65_HS1-834228961_62-HQ-83894_Section_2
Agency: FBI
Page 41
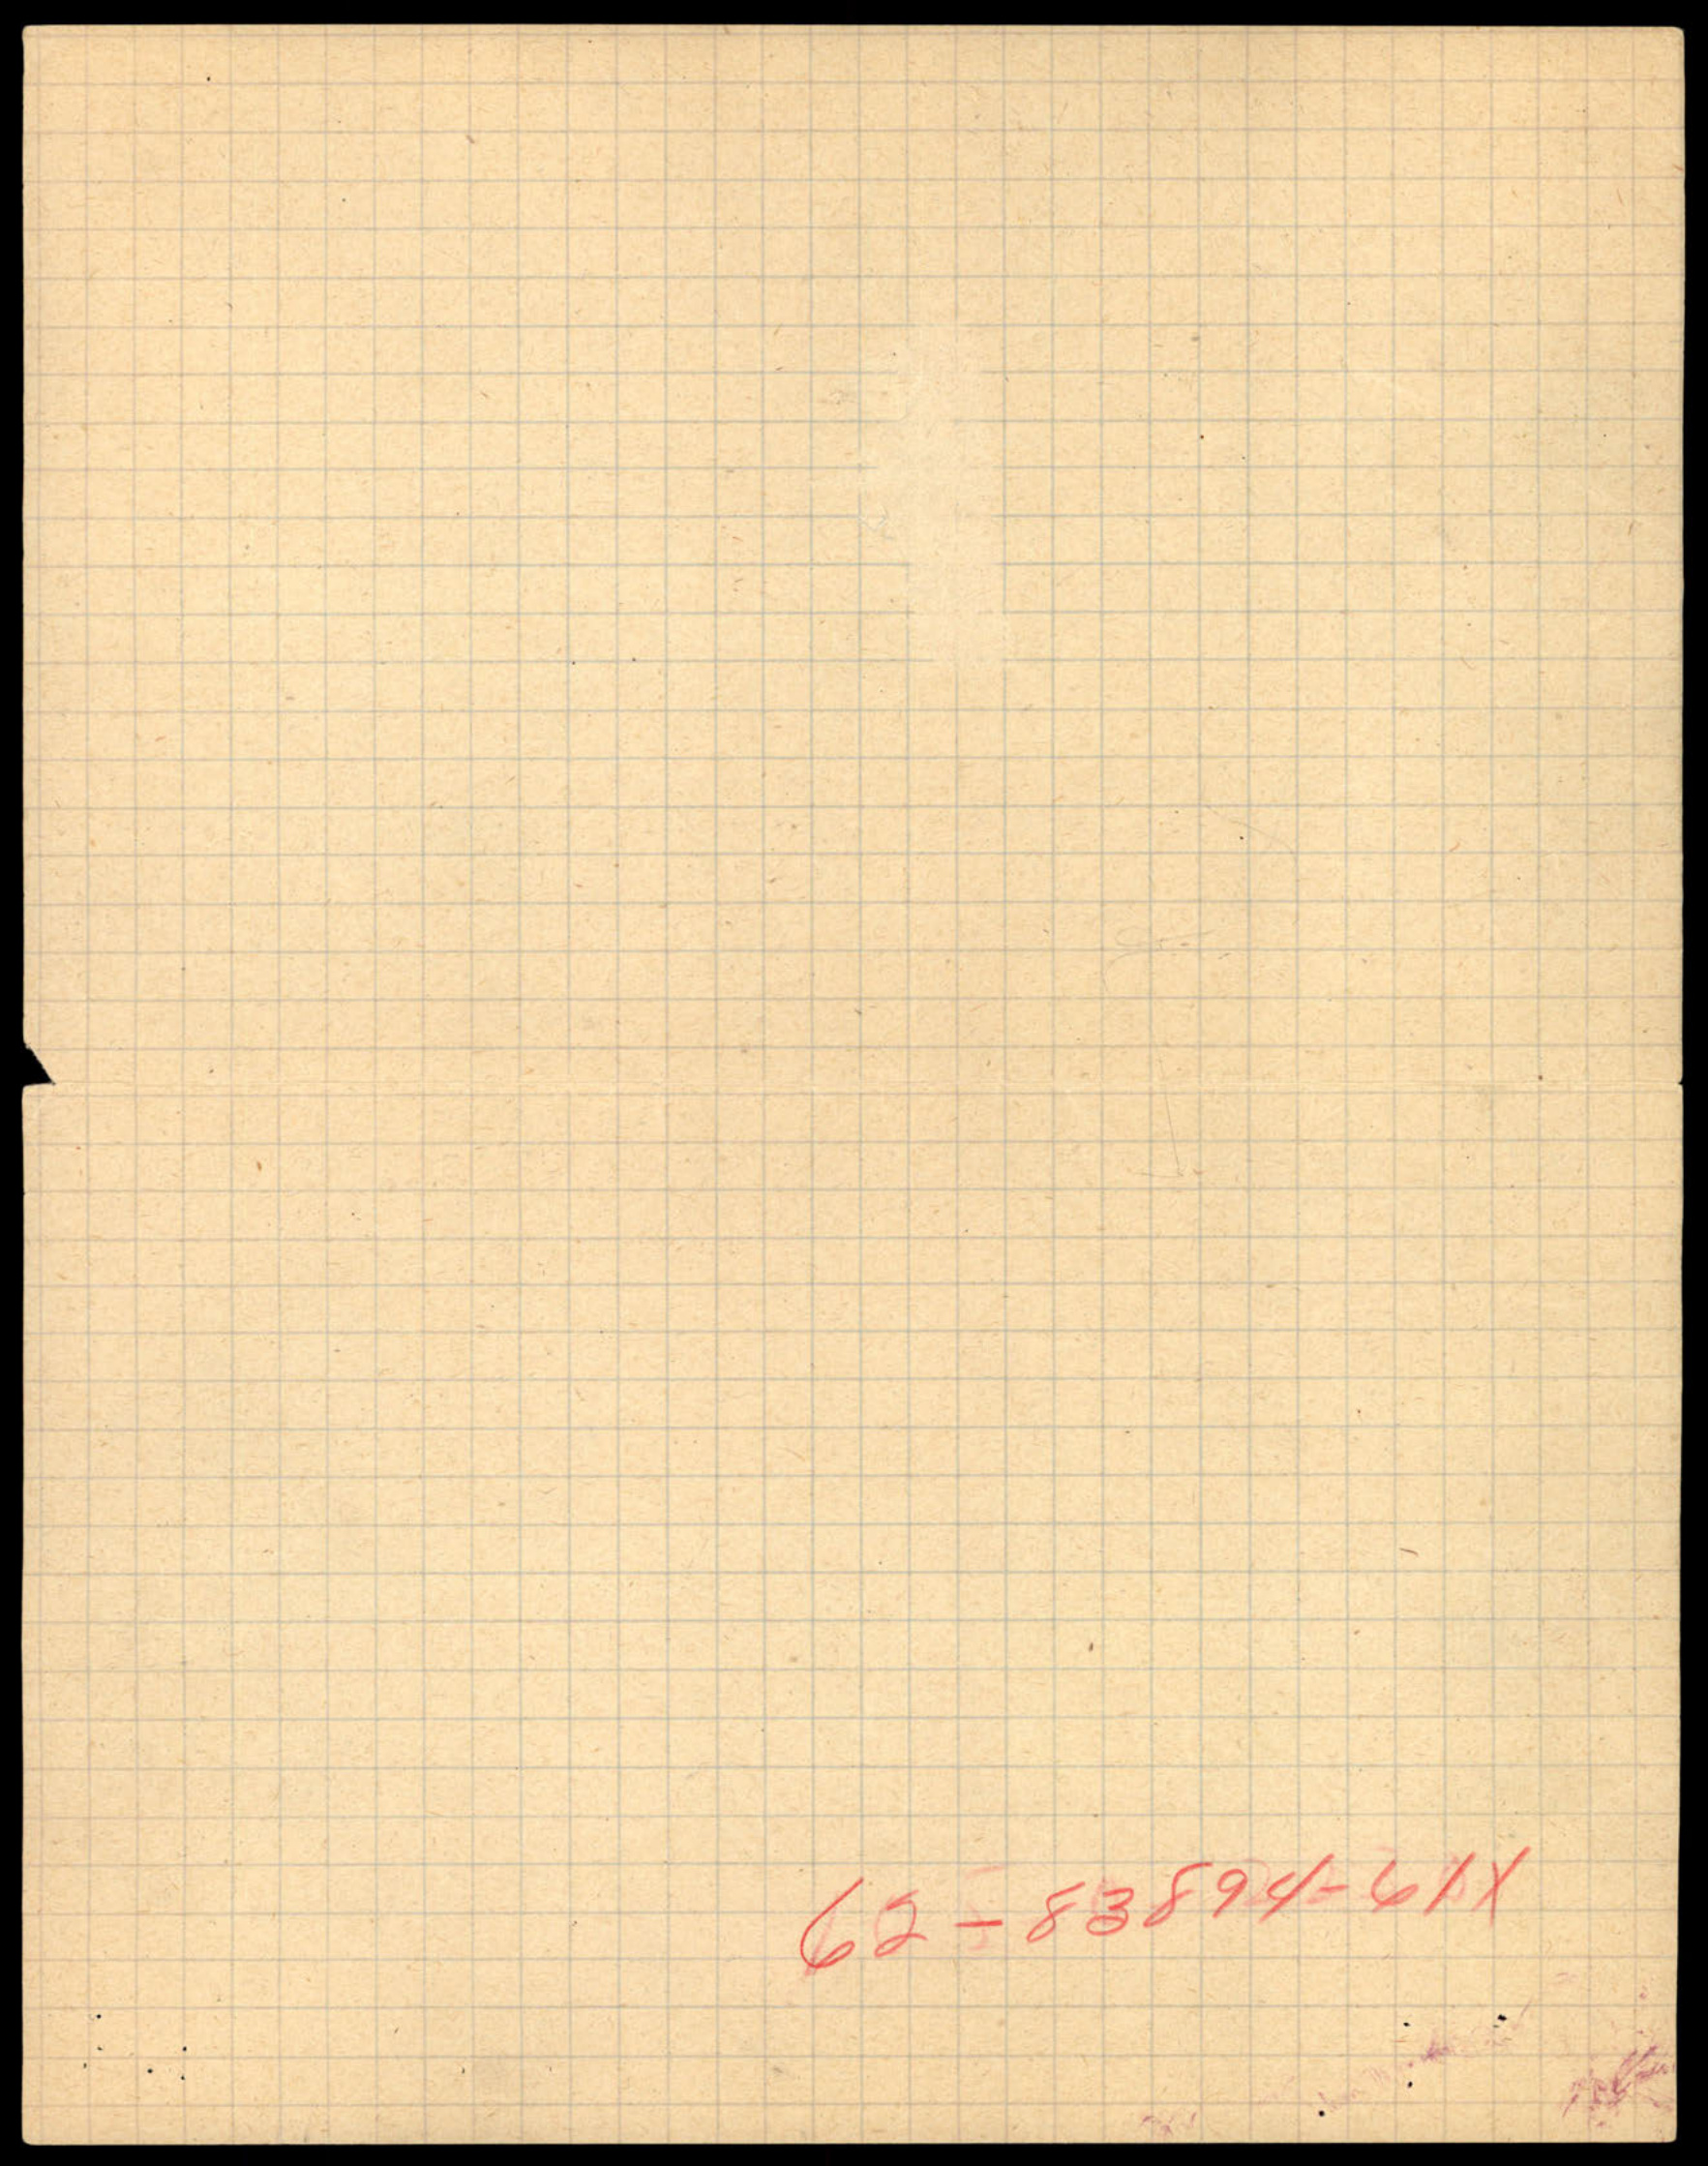